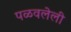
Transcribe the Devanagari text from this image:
पळवलेली